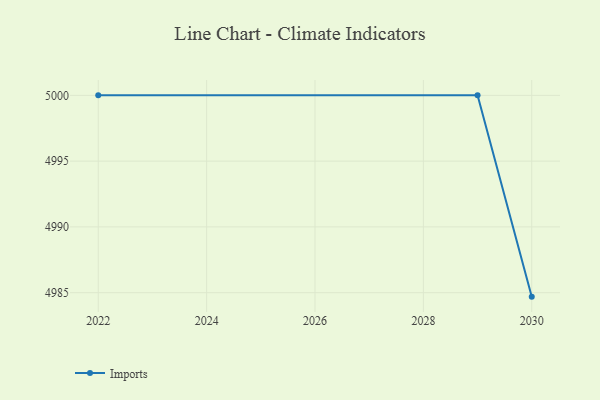
{"axis": {"x": "Year", "y": "Headcount"}, "legend": ["Imports"], "data": [{"x": "2030", "y": 4984.7, "type": "Imports"}, {"x": "2029", "y": 5000, "type": "Imports"}, {"x": "2022", "y": 5000, "type": "Imports"}]}